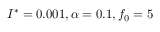
I ^ { * } = 0 . 0 0 1 , \alpha = 0 . 1 , f _ { 0 } = 5